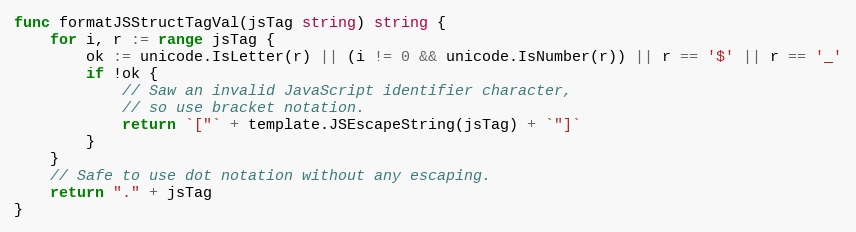
Language: Go
func formatJSStructTagVal(jsTag string) string {
	for i, r := range jsTag {
		ok := unicode.IsLetter(r) || (i != 0 && unicode.IsNumber(r)) || r == '$' || r == '_'
		if !ok {
			// Saw an invalid JavaScript identifier character,
			// so use bracket notation.
			return `["` + template.JSEscapeString(jsTag) + `"]`
		}
	}
	// Safe to use dot notation without any escaping.
	return "." + jsTag
}